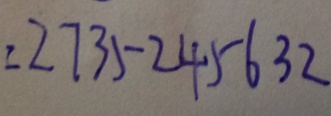
= 2 7 3 5 2 4 5 6 3 2